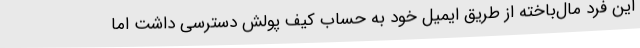
این فرد مال‌باخته از طریق ایمیل خود به حساب کیف پولش دسترسی داشت اما